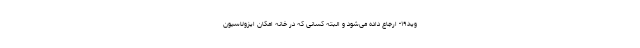
وید۱۹- ارجاع داده می‌شود و البته کسانی که در خانه امکان ایزولاسیون